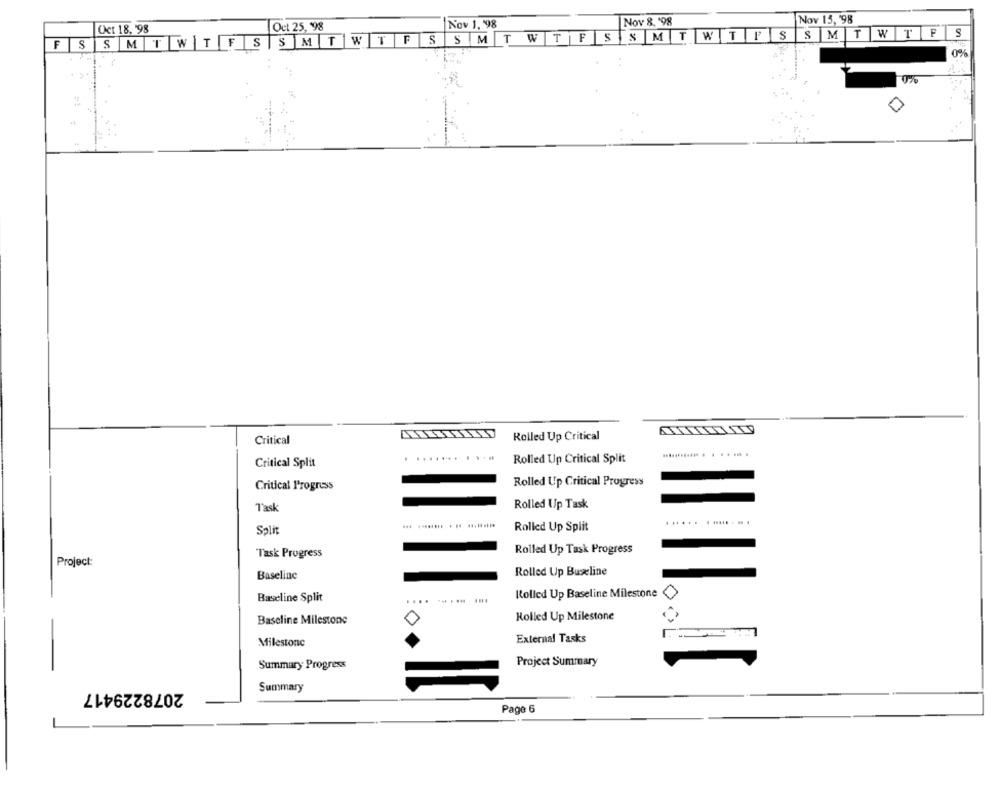
Nov 1, '98
Nov 8, '98
Nov 15, '98
Oct 18. '98
Oct 25, '98
FSSMTWTF SS MT WTF S SMT WTF S S M T W T F S S M T W T F
0%
Rolled Up Critical
Critical
............
Rolled Up Critical Split
............ . . .....
Critical Split
Rolled Up Critical Progress
Critical Progress
Rolled Up Task
Task
...... .........
Split
Rolled Up Split
Task Progress
Rolled Up Task Progress
Project:
Rolled Up Buseline
Baseline
Rolled Up Baseline Milestone
Baseline Split
...
Rolled Up Milestone
Baseline Milestone
Milestone
External Tasks
Summary Progress
Project Summary
2078229417
Summary
Page 6